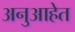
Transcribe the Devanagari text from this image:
अनुआहेत